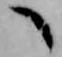
へ